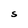
Character: S